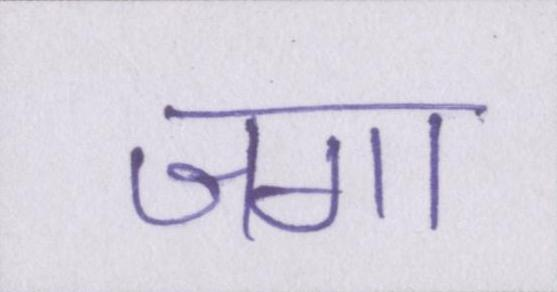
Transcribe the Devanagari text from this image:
जगा